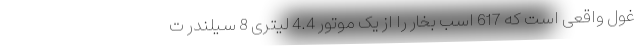
غول واقعی است که 617 اسب بخار را از یک موتور 4.4 لیتری 8 سیلندر ت